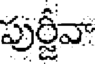
పుర్జీవా